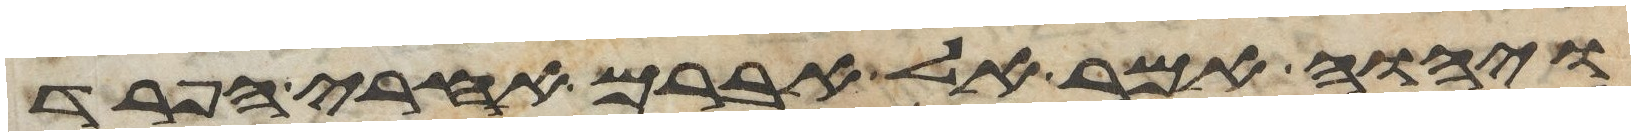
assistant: ויהוה אמר אל אברם אחרי הפרד